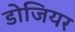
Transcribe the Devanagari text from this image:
डोजियर